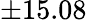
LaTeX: \pm 15.08\